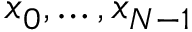
x _ { 0 } , \ldots , x _ { N - 1 }